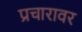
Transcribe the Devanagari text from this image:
प्रचारावर